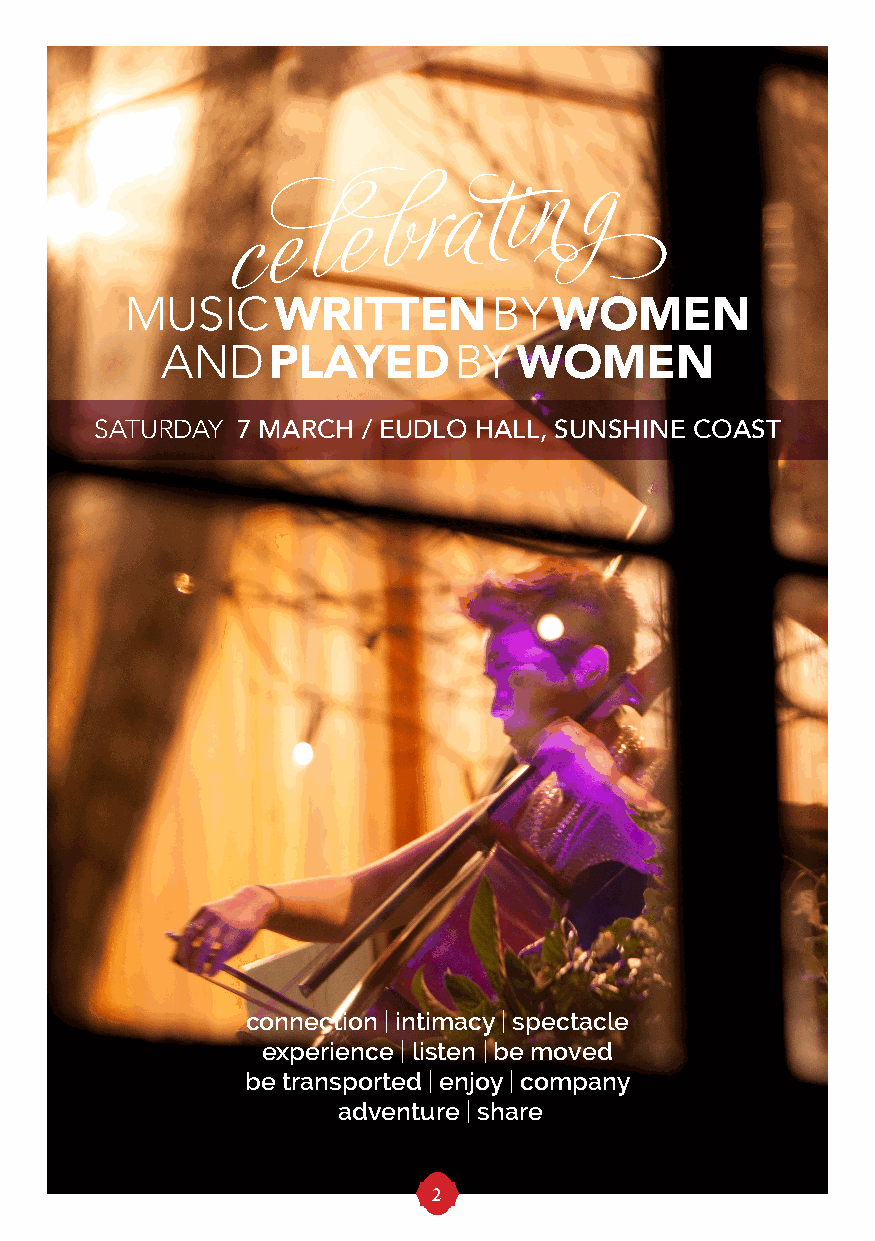
g
 celebratin
 MUSICWRITTENBYWOMEN
 ANDPLAYEDBYWOMEN
 SATURDAY  7 MARCH / EUDLO HALL, SUNSHINE COAST
 connection | intimacy | spectacle
 experience | listen | be moved
 be transported | enjoy | company
 adventure | share
 2